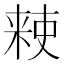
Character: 𫣙